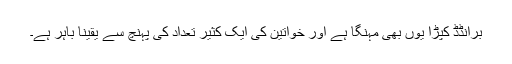
برانڈڈ کپڑا یوں بھی مہنگا ہے اور خواتین کی ایک کثیر تعداد کی پہنچ سے یقیناً باہر ہے۔